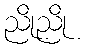
ညိုညို